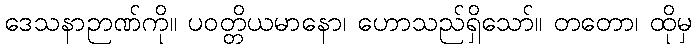
ဒေသနာဉာဏ်ကို။ ပဝတ္တိယမာနော၊ ဟောသည်ရှိသော်။ တတော၊ ထိုမှ